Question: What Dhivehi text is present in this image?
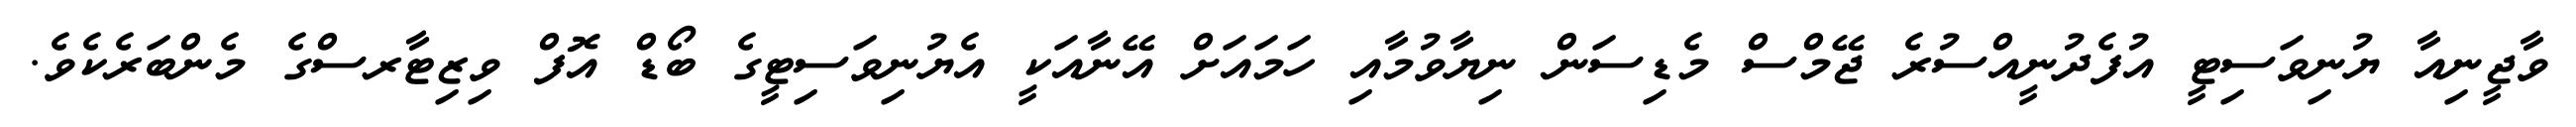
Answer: ވާޖީނިއާ ޔުނިވަސިޓީ އުފެދުނީއްސުރެ ޖޭމްސް މެޑިސަން ނިޔާވުމާއި ހަމައަށް އޭނާއަކީ އެޔުނިވަސިޓީގެ ބޯޑް އޮފް ވިޒިޓާރސްގެ މެންބަރެކެވެ.